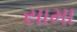
સામા